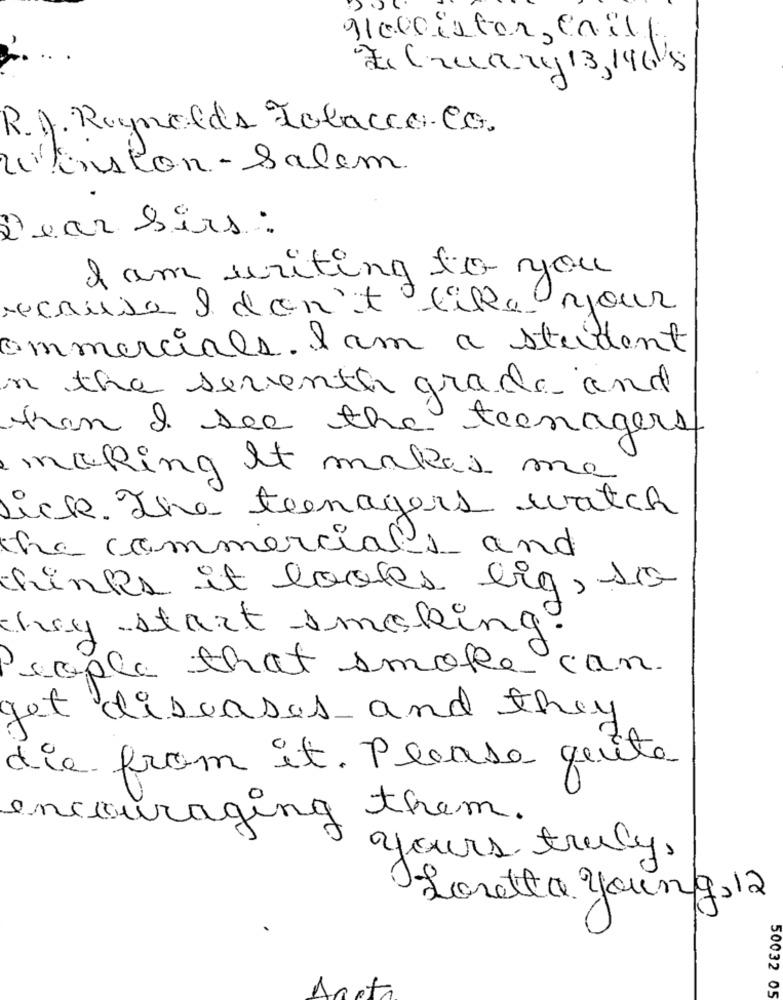
Hollister, Calle
FCzuary 13, 146'8
R. J. Reynolds Tobacco Co.
Winston-Salem
Dear Sirs :
I am writing to you
recrute I don't l'ile yjour
commercials. I am a student
n the seventh grade and
then I see the teenagers
making It makes me
Lick. The teenagers watch
the commercials and
thinks it looks big, so
hey start smoking!
sople that smoke can
get diseases and they
die from it. Please quite
encouraging them.
yours truly,
Loretta young, 12
50032 05